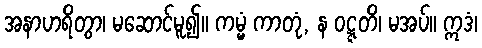
အနာဟရိတွာ၊ မဆောင်မူ၍။ ကမ္မံ ကာတုံ, န ဝဋ္ဋတိ၊ မအပ်။ ဣဒံ၊